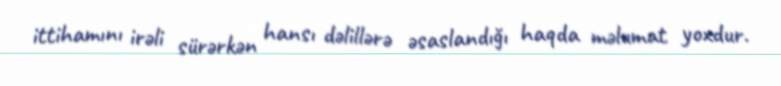
ittihamını irəli sürərkən hansı dəlillərə əsaslandığı haqda məlumat yoxdur.